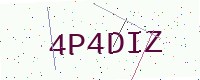
Text: 4P4DIZ